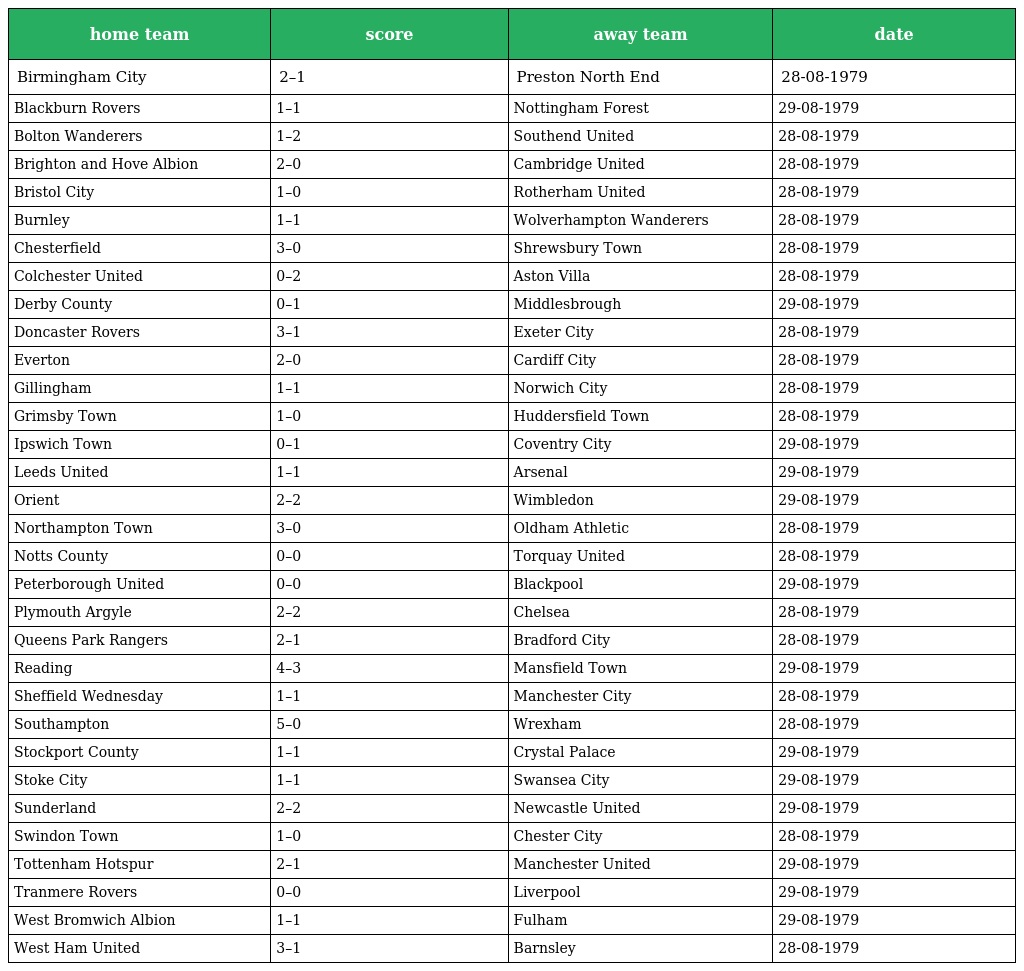
| home team | score | away team | date |
 | --- | --- | --- | --- |
 | Birmingham City | 2–1 | Preston North End | 28-08-1979 |
 | Blackburn Rovers | 1–1 | Nottingham Forest | 29-08-1979 |
 | Bolton Wanderers | 1–2 | Southend United | 28-08-1979 |
 | Brighton and Hove Albion | 2–0 | Cambridge United | 28-08-1979 |
 | Bristol City | 1–0 | Rotherham United | 28-08-1979 |
 | Burnley | 1–1 | Wolverhampton Wanderers | 28-08-1979 |
 | Chesterfield | 3–0 | Shrewsbury Town | 28-08-1979 |
 | Colchester United | 0–2 | Aston Villa | 28-08-1979 |
 | Derby County | 0–1 | Middlesbrough | 29-08-1979 |
 | Doncaster Rovers | 3–1 | Exeter City | 28-08-1979 |
 | Everton | 2–0 | Cardiff City | 28-08-1979 |
 | Gillingham | 1–1 | Norwich City | 28-08-1979 |
 | Grimsby Town | 1–0 | Huddersfield Town | 28-08-1979 |
 | Ipswich Town | 0–1 | Coventry City | 29-08-1979 |
 | Leeds United | 1–1 | Arsenal | 29-08-1979 |
 | Orient | 2–2 | Wimbledon | 29-08-1979 |
 | Northampton Town | 3–0 | Oldham Athletic | 28-08-1979 |
 | Notts County | 0–0 | Torquay United | 28-08-1979 |
 | Peterborough United | 0–0 | Blackpool | 29-08-1979 |
 | Plymouth Argyle | 2–2 | Chelsea | 28-08-1979 |
 | Queens Park Rangers | 2–1 | Bradford City | 28-08-1979 |
 | Reading | 4–3 | Mansfield Town | 29-08-1979 |
 | Sheffield Wednesday | 1–1 | Manchester City | 28-08-1979 |
 | Southampton | 5–0 | Wrexham | 28-08-1979 |
 | Stockport County | 1–1 | Crystal Palace | 29-08-1979 |
 | Stoke City | 1–1 | Swansea City | 29-08-1979 |
 | Sunderland | 2–2 | Newcastle United | 29-08-1979 |
 | Swindon Town | 1–0 | Chester City | 28-08-1979 |
 | Tottenham Hotspur | 2–1 | Manchester United | 29-08-1979 |
 | Tranmere Rovers | 0–0 | Liverpool | 29-08-1979 |
 | West Bromwich Albion | 1–1 | Fulham | 29-08-1979 |
 | West Ham United | 3–1 | Barnsley | 28-08-1979 |